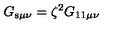
G _ { \mathrm { s } \mu \nu } = \zeta ^ { 2 } G _ { \mathrm { 1 1 } \mu \nu }